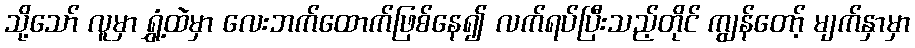
သို့သော် လူမှာ ရွှံ့ထဲမှာ လေးဘက်ထောက်ဖြစ်နေ၍ လက်ရပ်ပြီးသည့်တိုင် ကျွန်တော့် မျက်နှာမှာ